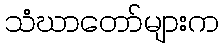
သံဃာတော်များက